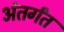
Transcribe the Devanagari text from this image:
अंतर्गंत